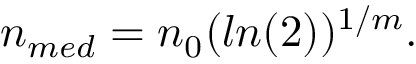
\begin{array} { r } { n _ { m e d } = n _ { 0 } ( l n ( 2 ) ) ^ { 1 / m } . } \end{array}